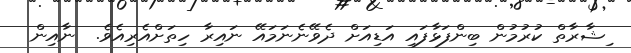
ިޝާރާތް ކުރުމުން ބިންފަޅާފައި އަޑިއަށް ދެވޭނެނަމައޭ ނައިރާ ހިތަށްއެރިއެވެ.  ނާއިން